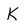
Character: K